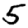
Digit: 5